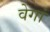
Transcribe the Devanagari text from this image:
वेगां